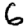
Digit: 6